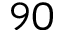
9 0